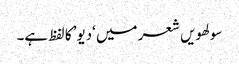
سولھویں شعر میں ‘دیو’ کا لفظ ہے۔